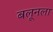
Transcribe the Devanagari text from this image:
बलूनला